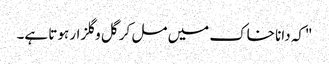
"کہ دانا خاک میں مل کر گل وگلزار ہوتا ہے۔